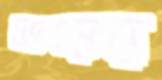
ভেড়ের